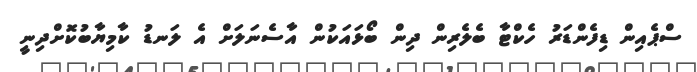
ސްޕެއިން ޑިފެންޑަރު ހެކްޓާ ބެލެރިން ދިން ބޯޅައަކުން އާސެނަލަށް އެ ލަނޑު ކާމިޔާބުކޮށްދިނީ